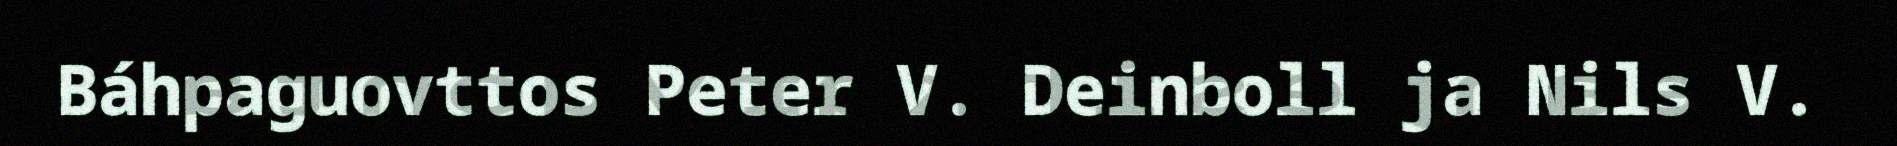
Báhpaguovttos Peter V. Deinboll ja Nils V.